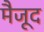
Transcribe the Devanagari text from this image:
मैजूद